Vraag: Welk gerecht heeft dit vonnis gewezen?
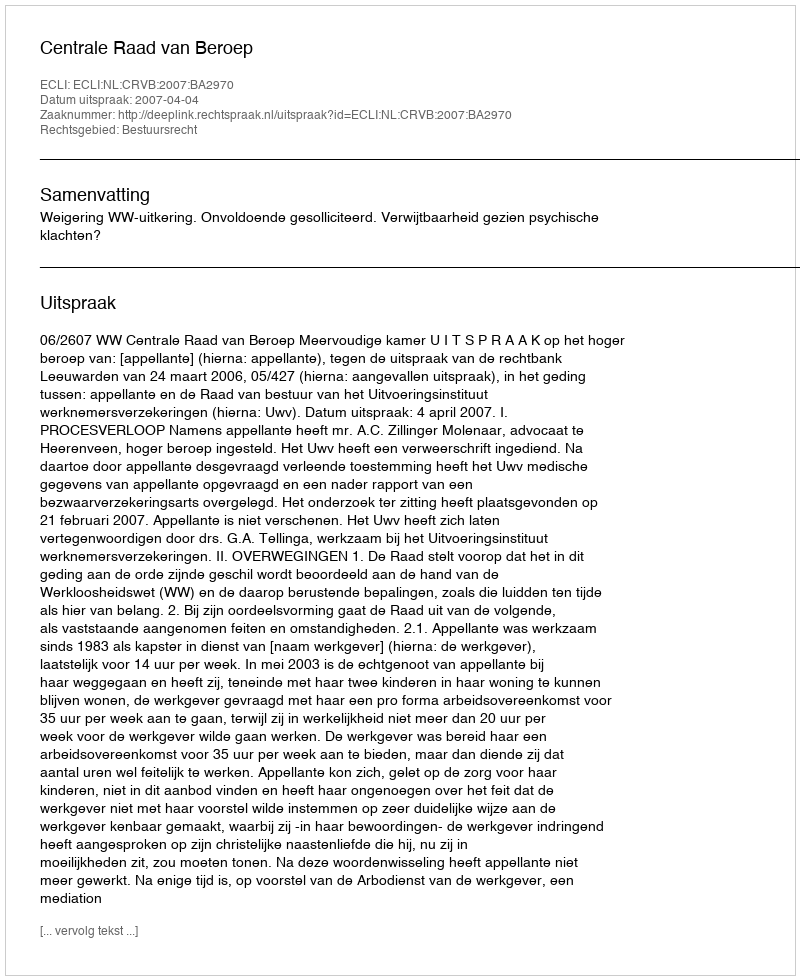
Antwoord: Centrale Raad van Beroep